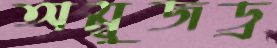
অম্বুজড্র